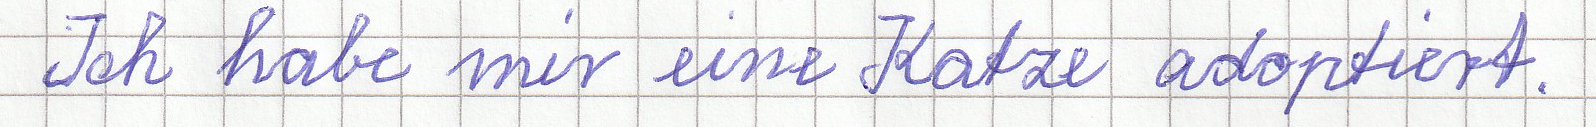
Ich habe mir eine Katze adoptiert.